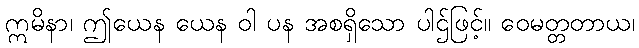
ဣမိနာ၊ ဤယေန ယေန ဝါ ပန အစရှိသော ပါဌ်ဖြင့်။ ဝေမတ္တတာယ၊